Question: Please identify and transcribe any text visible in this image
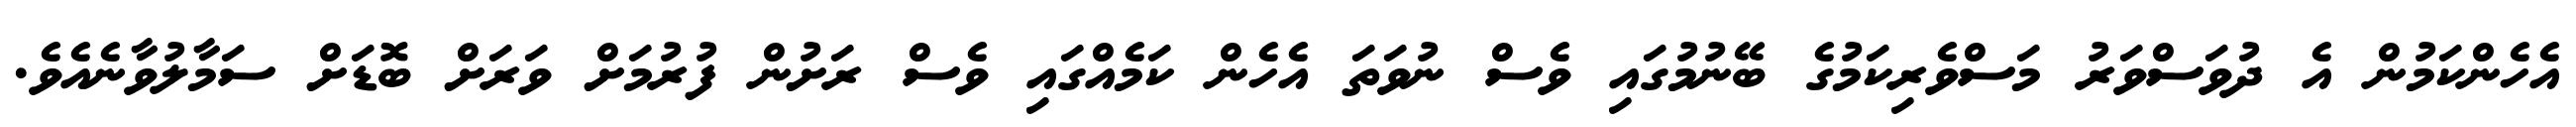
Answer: އެހެންކަމުން އެ ދުވަސްވަރު މަސްވެރިކަމުގެ ބޭނުމުގައި ވެސް ނުވަތަ އެހެން ކަމެއްގައި ވެސް ރަށުން ފުރުމަށް ވަރަށް ބޮޑަށް ސަމާލުވާނެއެވެ.